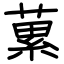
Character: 蔂